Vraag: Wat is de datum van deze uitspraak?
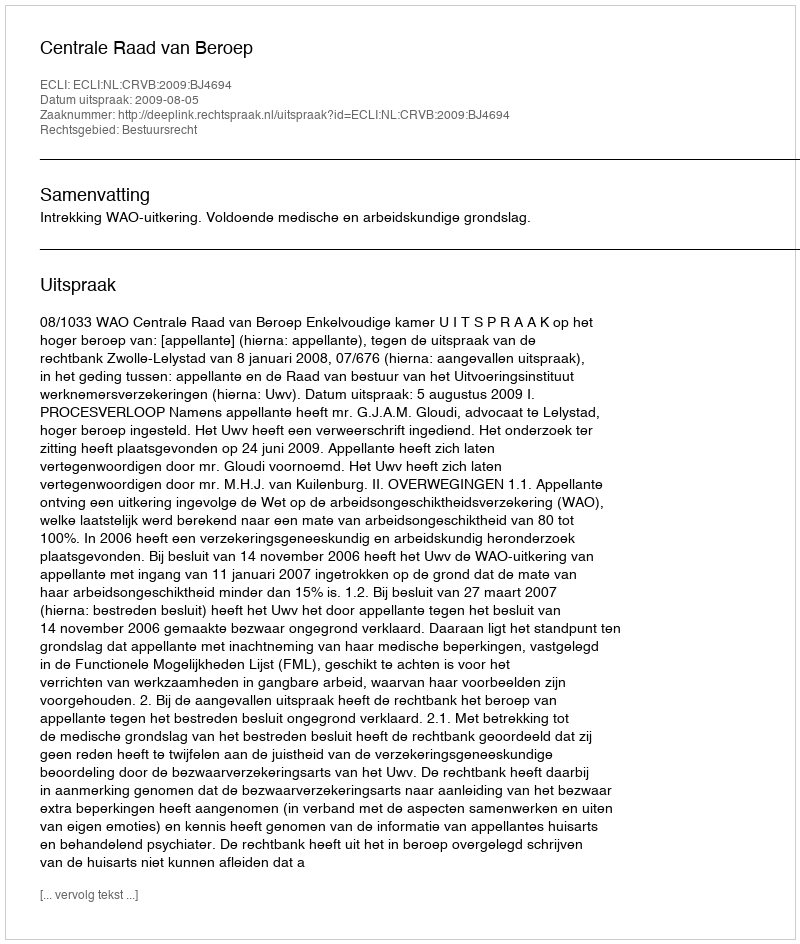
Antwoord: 2009-08-05